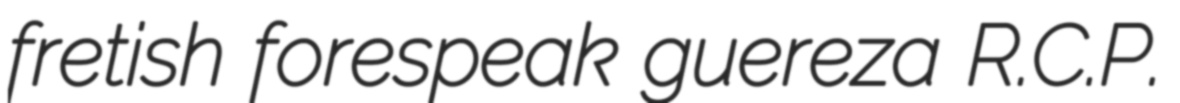
fretish forespeak guereza R.C.P.